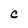
Character: C